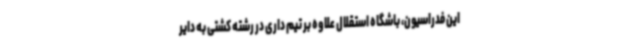
این فدراسیون، باشگاه استقلال علاوه بر تیم داری در رشته کشتی به دایر